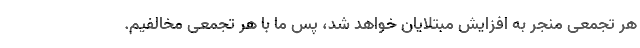
هر تجمعی منجر به افزایش مبتلایان خواهد شد، پس ما با هر تجمعی مخالفیم.